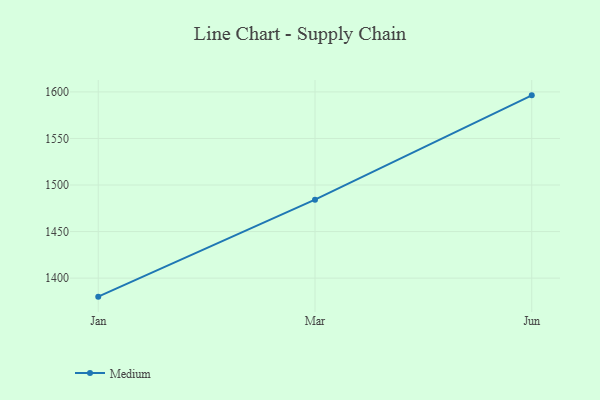
{"axis": {"x": "Month", "y": "Demand Index"}, "legend": ["Medium"], "data": [{"x": "Jan", "y": 1380.1, "type": "Medium"}, {"x": "Mar", "y": 1484.3, "type": "Medium"}, {"x": "Jun", "y": 1596.3, "type": "Medium"}]}